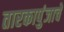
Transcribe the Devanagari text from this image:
तारकापुंजाचे